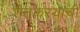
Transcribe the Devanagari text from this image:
शेतकरयाची